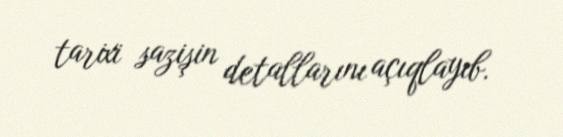
tarixi sazişin detallarını açıqlayıb.